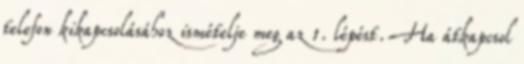
telefon kikapcsolásához ismételje meg az 1. lépést. Ha átkapcsol